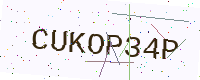
Text: CUKOP34P